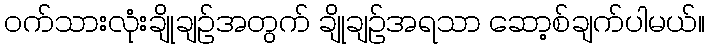
ဝက်သားလုံးချိုချဉ်အတွက် ချိုချဉ်အရသာ ဆော့စ်ချက်ပါမယ်။